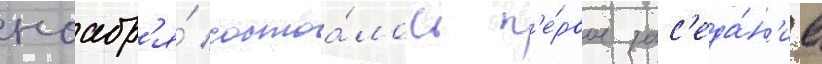
ноабр'я́ состоа́лось п'е́рвое зас'еда́н'ие